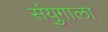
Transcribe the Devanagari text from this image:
संयुगाला